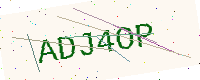
Text: ADJ4OP